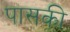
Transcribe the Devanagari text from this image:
पासकी